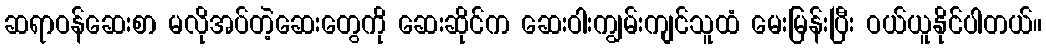
ဆရာဝန်ဆေးစာ မလိုအပ်တဲ့ဆေးတွေကို ဆေးဆိုင်က ဆေးဝါးကျွမ်းကျင်သူထံ မေးမြန်းပြီး ဝယ်ယူနိုင်ပါတယ်။